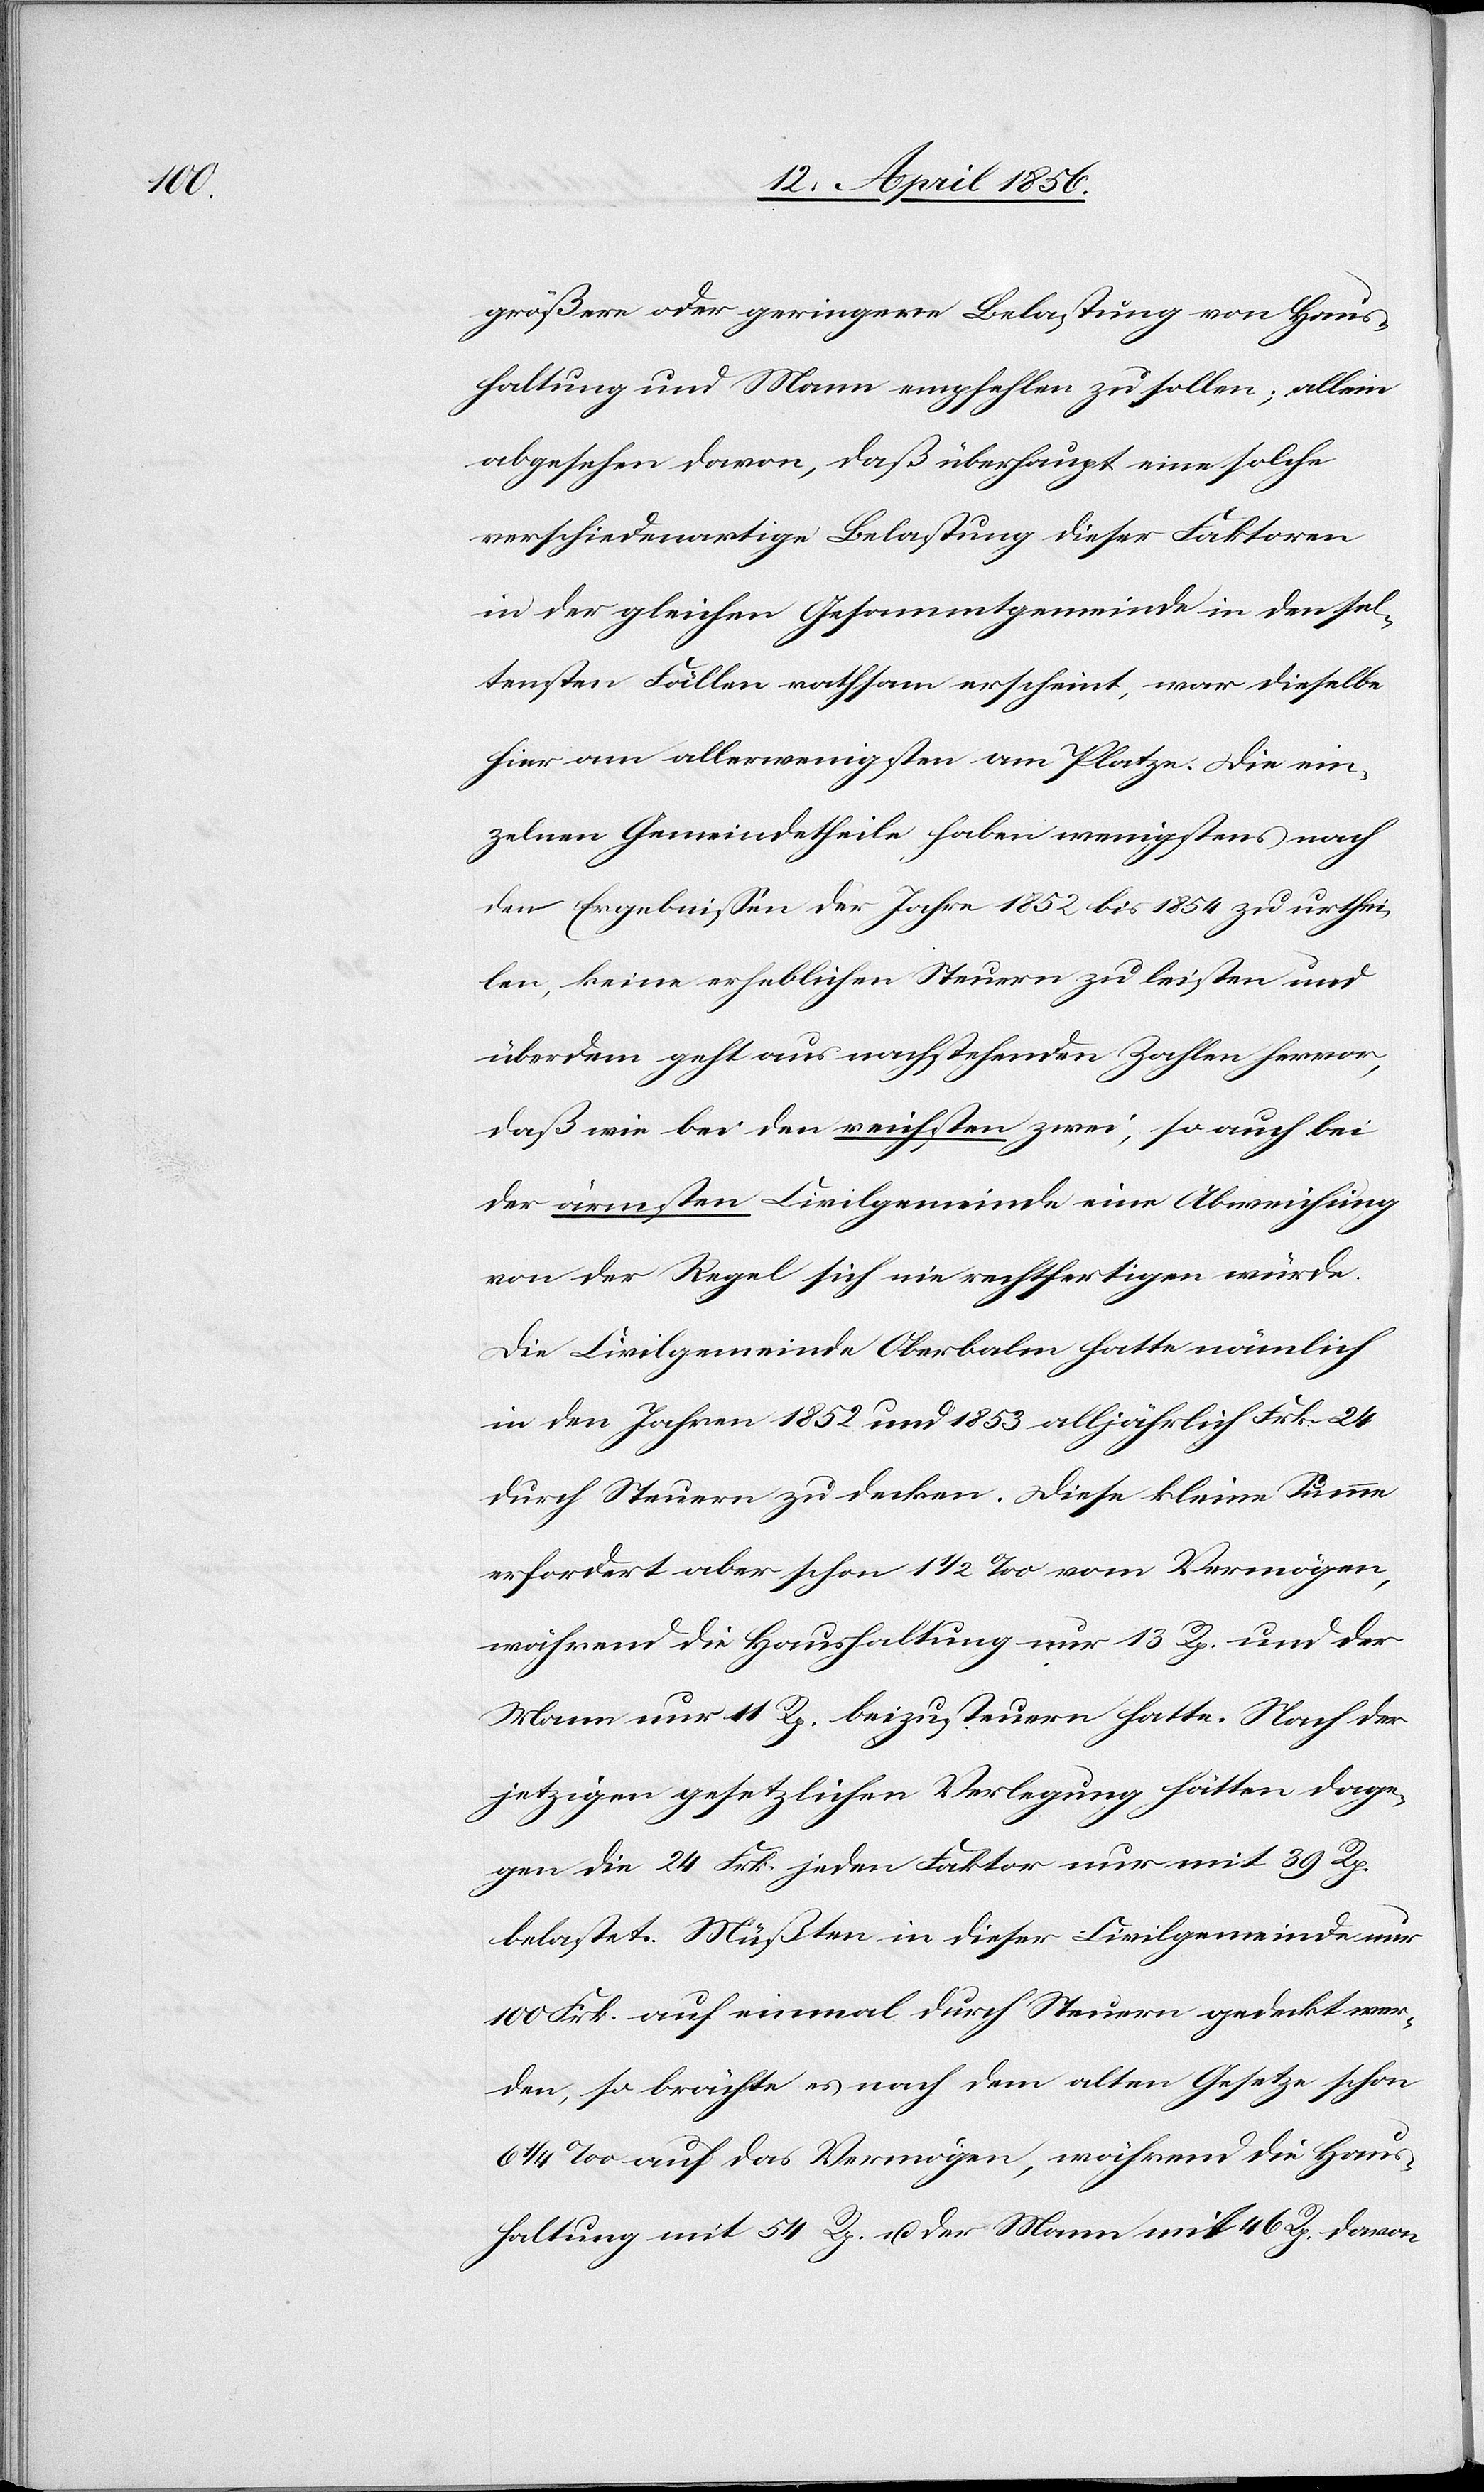
größere oder geringere Belastung von Haus¬
haltung und Mann empfehlen zu sollen; allein
abgesehen davon, daß überhaupt eine solche
verschiedenartige Belastung dieser Faktoren
in der gleichen Gesammtgemeinde in den sel¬
tensten Fällen rathsam erscheint, war dieselbe
hier am allerwenigsten am Platze. Die ein¬
zelnen Gemeindetheile haben wenigstens nach
den Ergebnissen der Jahre 1852 bis 1854 zu urthei¬
len, keine erheblichen Steuern zu leisten und
überdem geht aus nachstehenden Zahlen hervor,
daß wie bei den reichsten zwei, so auch bei
der ärmsten Civilgemeinde eine Abweichung
von der Regel sich nie rechtfertigen würde.
Die Civilgemeinde Oberbalm hatte nämlich
in den Jahren 1852 und 1853 alljährlich Frk. 24
durch Steuern zu decken. Diese kleine Summe
erfordert aber schon 1½ ‰ vom Vermögen,
während die Haushaltung nur 13 Rp. und der
Mann nur 11 Rp. beizusteuern hatte. Nach der
jetzigen gesetzlichen Verlegung hätten dage¬
gen die 24 Frk. jeden Faktor nur mit 39 Rp.
belastet. Müßten in dieser Civilgemeinde nur
100 Frk. auf einmal durch Steuern gedeckt wer¬
den, so brächte es nach dem alten Gesetze schon
6 ¼ ‰ auf das Vermögen, während die Haus¬
haltung mit 54 Rp. u. der Mann mit 46 Rp. davon